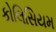
કોલિસિયમ